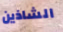
الشاذين